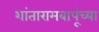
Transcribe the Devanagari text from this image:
शांतारामबापूंच्या